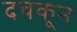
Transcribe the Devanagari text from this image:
दचकून